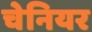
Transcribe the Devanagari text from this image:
चेनियर